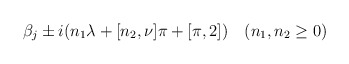
\begin{align*}\beta_j\pm i(n_1\lambda+\sc[n_2,\nu]\pi+\sc[\pi,2])\quad(n_1,n_2\ge0)\end{align*}